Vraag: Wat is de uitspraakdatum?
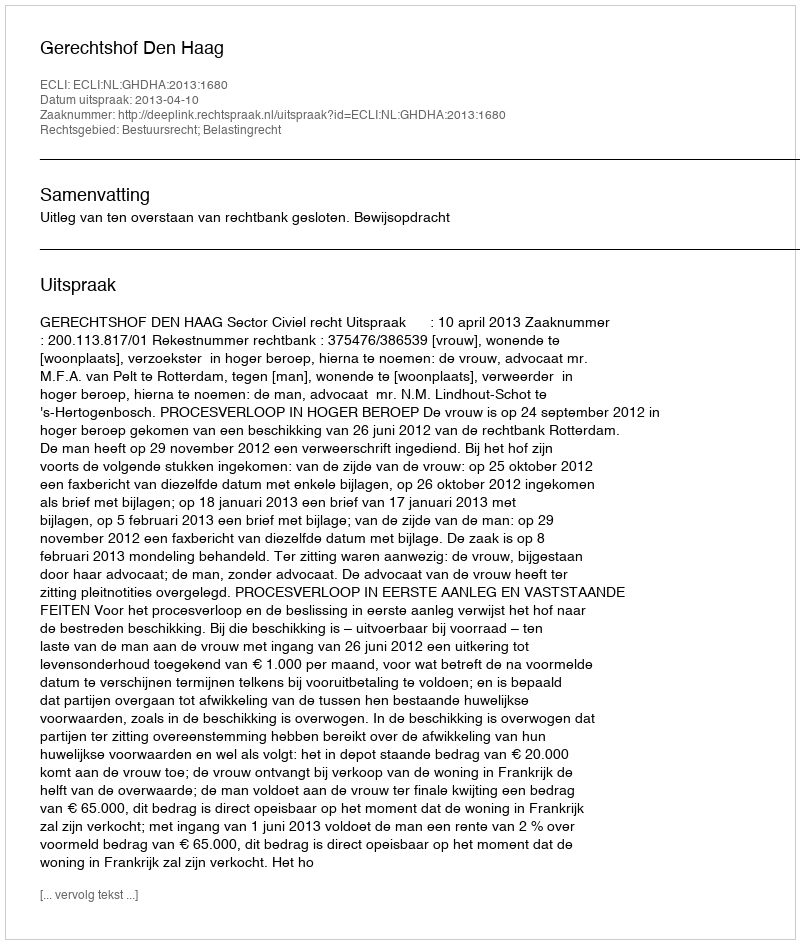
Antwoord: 2013-04-10